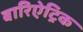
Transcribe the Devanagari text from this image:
बारिऐट्रिक